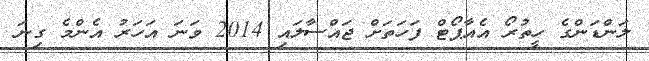
ލަންޑަންގެ ހީތުރޯ އެއާޕޯޓް ފަހަތަށް ޖައްސާލައި 2014 ވަނަ އަހަރު އެންމެ ގިނަ